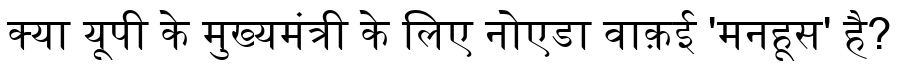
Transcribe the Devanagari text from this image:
क्या यूपी के मुख्यमंत्री के लिए नोएडा वाक़ई 'मनहूस' है?